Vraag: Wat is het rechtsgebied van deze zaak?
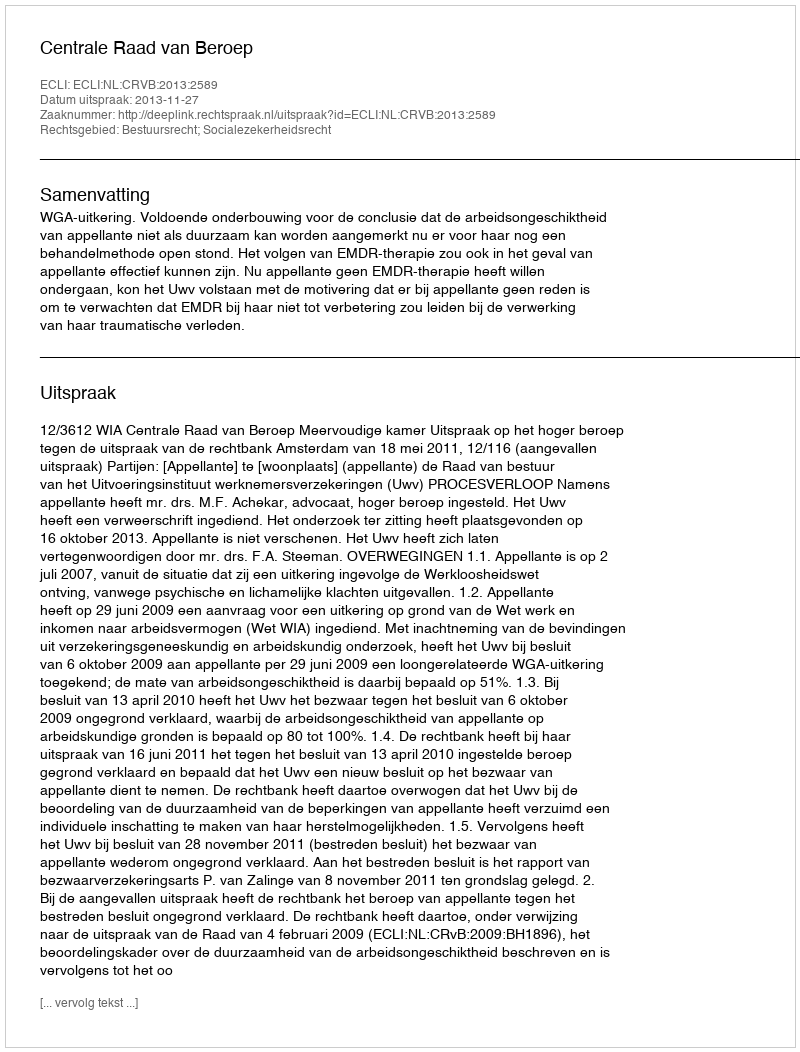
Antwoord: Bestuursrecht; Socialezekerheidsrecht